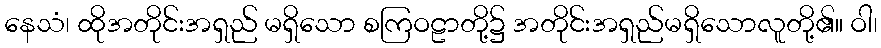
နေသံ၊ ထိုအတိုင်းအရှည် မရှိသော စကြဝဠာတို့၌ အတိုင်းအရှည်မရှိသောလူတို့၏။ ဝါ၊